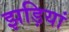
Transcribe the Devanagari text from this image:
झड़ियां